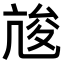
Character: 𠅣